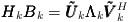
LaTeX: \begin{align*} \pmb{H}_k\pmb{B}_k = \pmb{\tilde{U}}_k\pmb{\Lambda}_k\pmb{\tilde{V}}_k^H\end{align*}